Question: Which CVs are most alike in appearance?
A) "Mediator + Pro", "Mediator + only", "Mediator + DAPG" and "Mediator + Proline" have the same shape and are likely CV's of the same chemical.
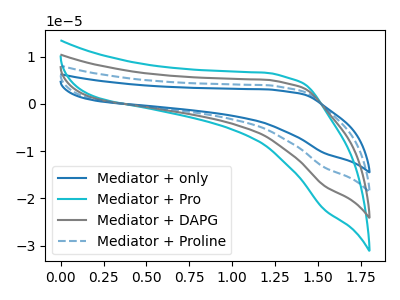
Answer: <think>The blue curve "Mediator + only" has no peaks. The cyan curve "Mediator + Pro" has no peaks. The gray curve "Mediator + DAPG" has no peaks. The blue dashed curve "Mediator + Proline" has no peaks.
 Neither "Mediator + only" or "Mediator + Pro" have any peaks. Neither "Mediator + only" or "Mediator + DAPG" have any peaks. Neither "Mediator + only" or "Mediator + Proline" have any peaks. Neither "Mediator + Pro" or "Mediator + DAPG" have any peaks. Neither "Mediator + Pro" or "Mediator + Proline" have any peaks. Neither "Mediator + DAPG" or "Mediator + Proline" have any peaks.</think>
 <answer>A) "Mediator + Pro", "Mediator + only", "Mediator + DAPG" and "Mediator + Proline" have the same shape and are likely CV's of the same chemical.</answer>
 <eval>A</eval>